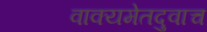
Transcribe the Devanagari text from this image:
वाक्यमेतदुवाच